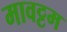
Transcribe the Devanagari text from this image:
मावट्टम